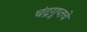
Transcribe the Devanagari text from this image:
चंद्रगुप्तचे